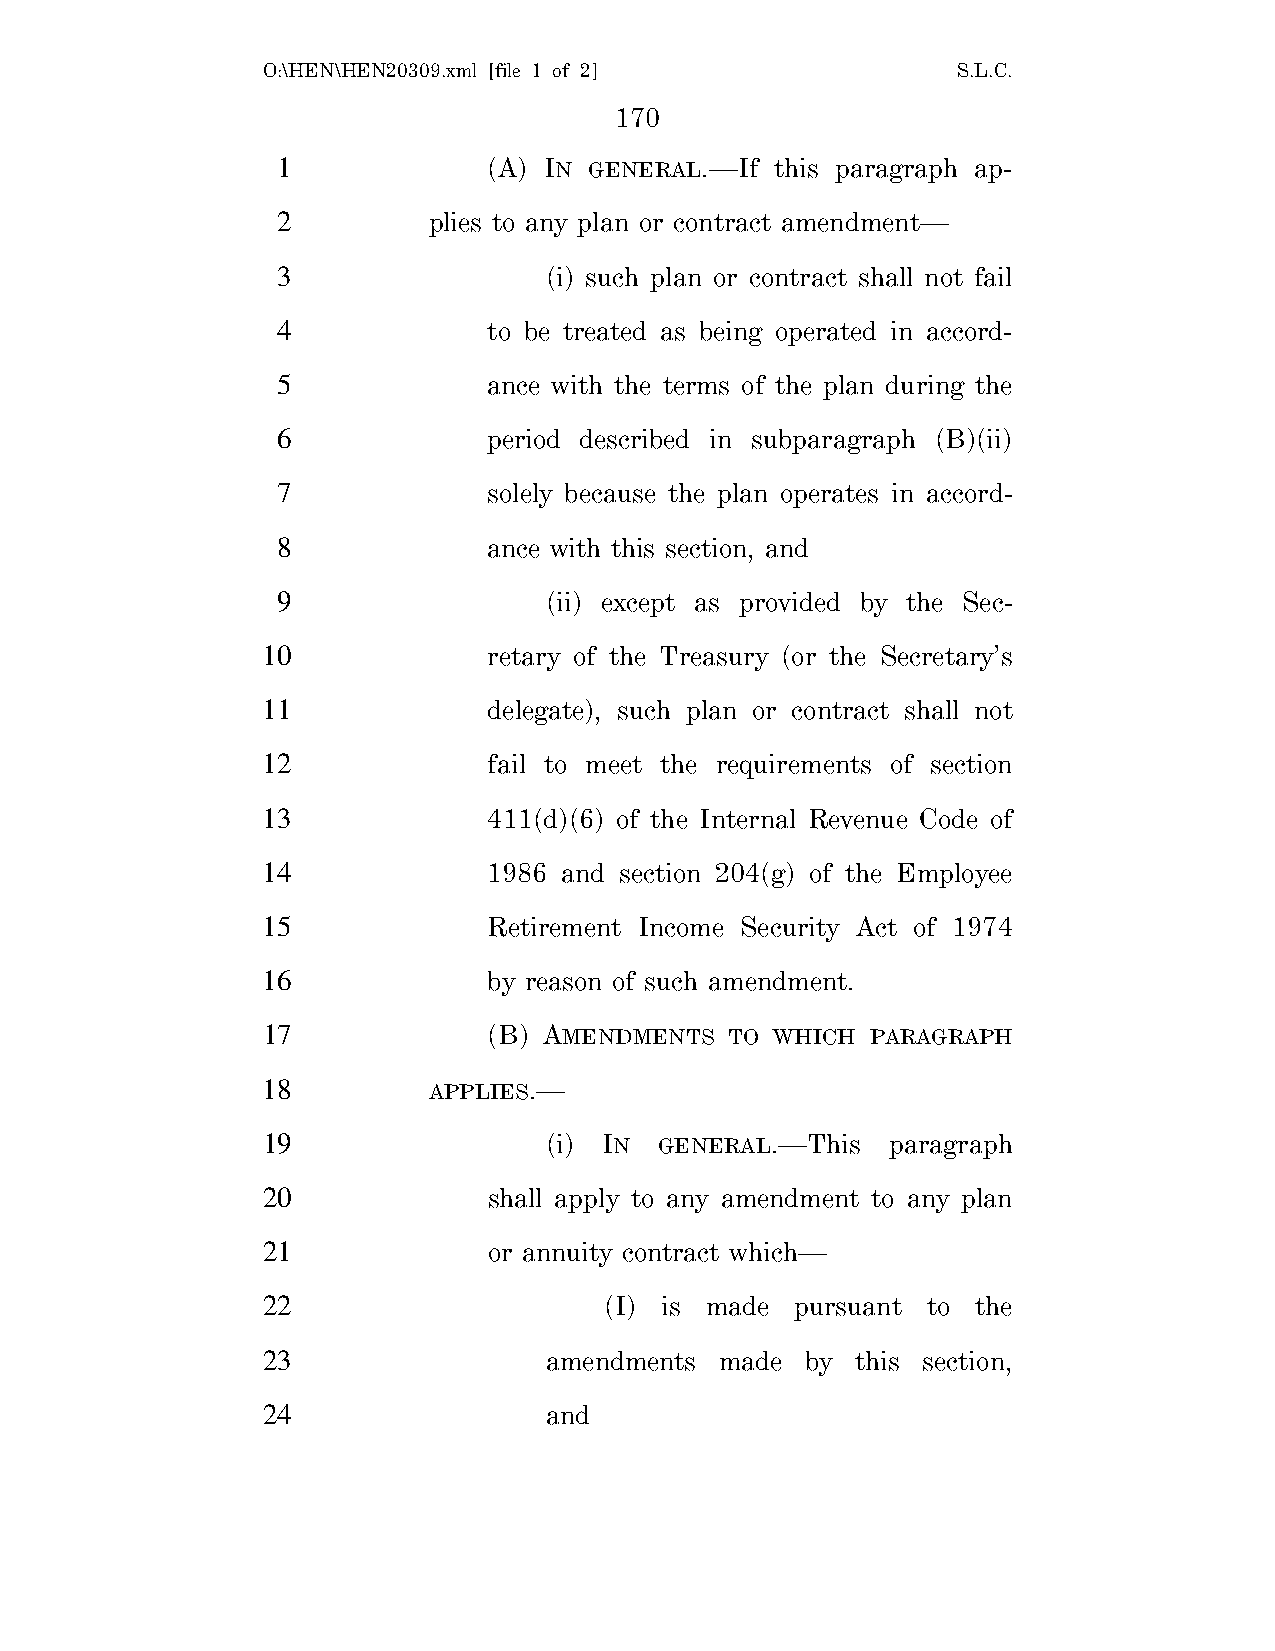
O:\HEN\HEN20309.xml [file 1 of 2]             S.L.C.
 170
 1             (A) IN GENERAL.—If this paragraph ap-
 2         plies to any plan or contract amendment—
 3                 (i) such plan or contract shall not fail
 4             to be treated as being operated in accord-
 5             ance with the terms of the plan during the
 6             period described in subparagraph (B)(ii)
 7             solely because the plan operates in accord-
 8             ance with this section, and
 9                 (ii) except as provided by the Sec-
 10             retary of the Treasury (or the Secretary’s
 11             delegate), such plan or contract shall not
 12             fail to meet the requirements of section
 13             411(d)(6) of the Internal Revenue Code of
 14             1986 and section 204(g) of the Employee
 15             Retirement Income Security Act of 1974
 16             by reason of such amendment.
 17             (B) AMENDMENTS  TO WHICH  PARAGRAPH
 18         APPLIES.—
 19                 (i) IN  GENERAL.—This  paragraph
 20             shall apply to any amendment to any plan
 21             or annuity contract which—
 22                     (I) is made  pursuant to the
 23                 amendments  made by  this section,
 24                 and